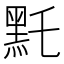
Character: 𪐞